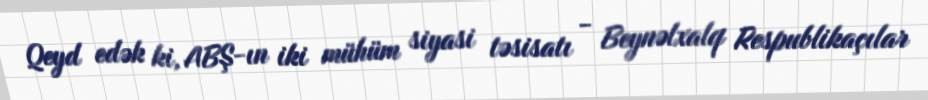
Qeyd edək ki, ABŞ-ın iki mühüm siyasi təsisatı - Beynəlxalq Respublikaçılar